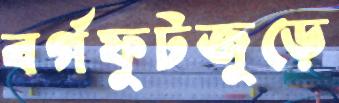
বর্গফুটজুড়ে